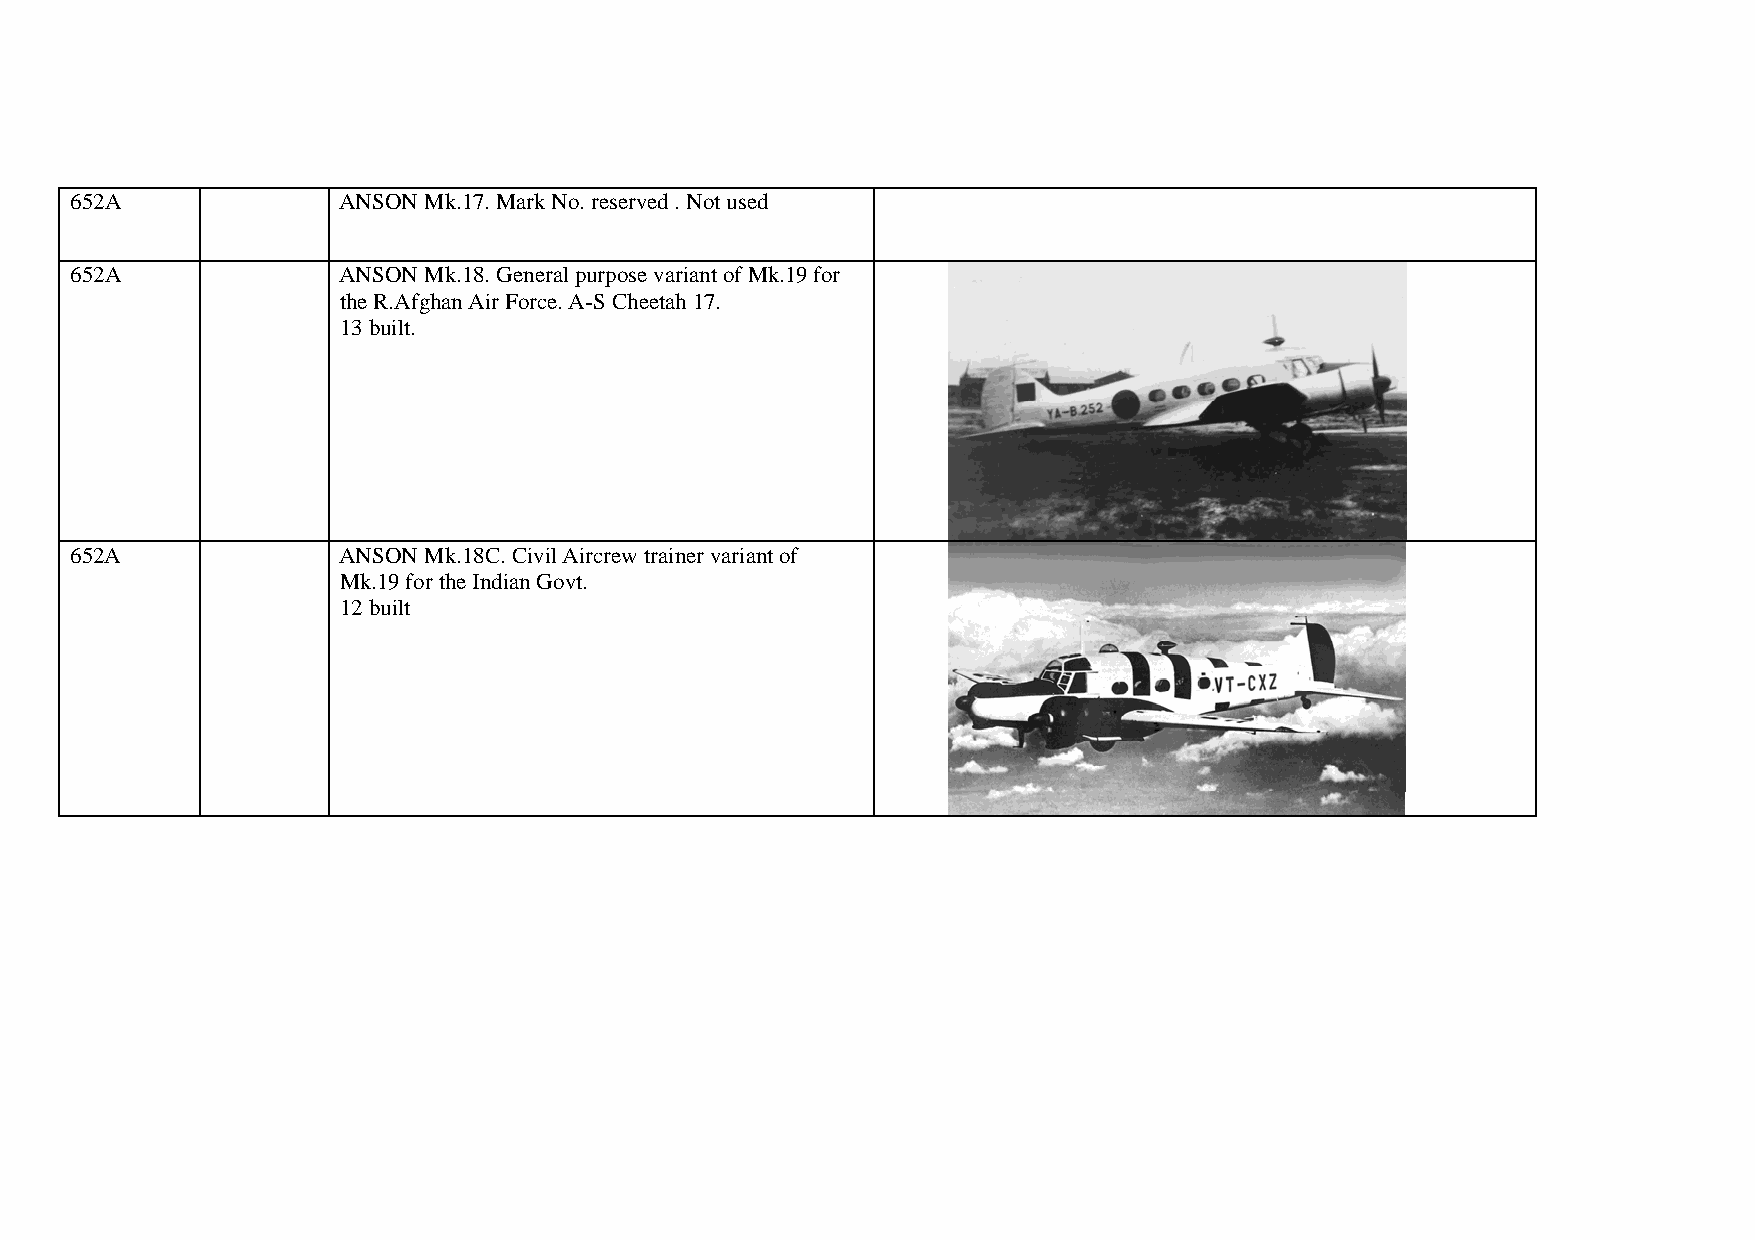
652A             ANSON Mk.17. Mark No. reserved . Not used
 652A             ANSON Mk.18. General purpose variant of Mk.19 for
 the R.Afghan Air Force. A-S Cheetah 17.
 13 built.
 652A             ANSON Mk.18C. Civil Aircrew trainer variant of
 Mk.19 for the Indian Govt.
 12 built